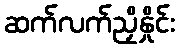
ဆက်လက်ညှိနှိုင်း